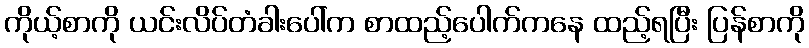
ကိုယ့်စာကို ယင်းလိပ်တံခါးပေါ်က စာထည့်ပေါက်ကနေ ထည့်ရပြီး ပြန်စာကို